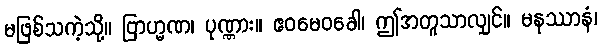
မဖြစ်သကဲ့သို့။ ဗြာဟ္မဏ၊ ပုဏ္ဏား။ ဧဝမေဝခေါ၊ ဤအတူသာလျှင်။ မနုဿာနံ၊